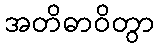
အတိဓာဝိတွာ